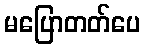
မပြောတတ်ပေ